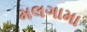
મલગામા